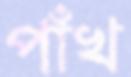
পাঁখ